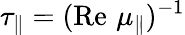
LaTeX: \tau_{\parallel}=(\operatorname{Re}\, \mu_{\parallel})^{-1}